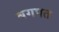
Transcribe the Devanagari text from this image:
बगपत